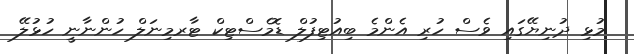
މުޅި ދުނިޔޭގައި ވެސް ހުރި އެންމެ ބިއުޓިފުލް ޑޮމެސްޓިކް ޓާރމިނަލް ހުންނާނީ ހުޅުލޭ